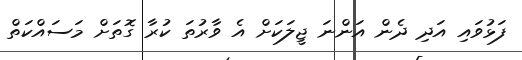
ފަޅުވައި އަދި ދެން އަންނަ ޖީލަކަށް އެ ވާރުތަ ކުރާ ގޮތަށް މަސައްކަތް